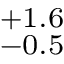
^ { + 1 . 6 } _ { - 0 . 5 }